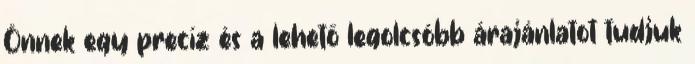
Önnek egy precíz és a lehető legolcsóbb árajánlatot tudjuk